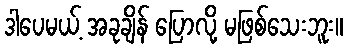
ဒါပေမယ့် အခုချိန် ပြောလို့ မဖြစ်သေးဘူး။